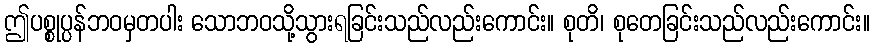
ဤပစ္စုပ္ပန်ဘဝမှတပါး သောဘဝသို့သွားရခြင်းသည်လည်းကောင်း။ စုတိ၊ စုတေခြင်းသည်လည်းကောင်း။